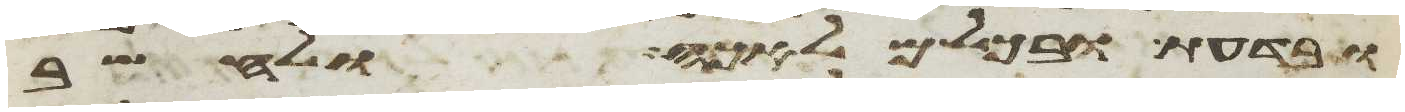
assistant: ובדעת ובכל מלאכה ולחשב